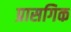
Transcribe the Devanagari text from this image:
प्रासगिक